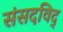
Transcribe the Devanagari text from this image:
संसदविद्‌